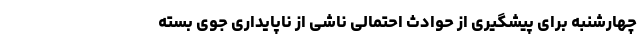
چهارشنبه برای پیشگیری از حوادث احتمالی ناشی از ناپایداری جوی بسته